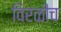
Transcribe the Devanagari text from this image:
विरळीच